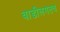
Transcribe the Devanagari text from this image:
वाडीलगतच